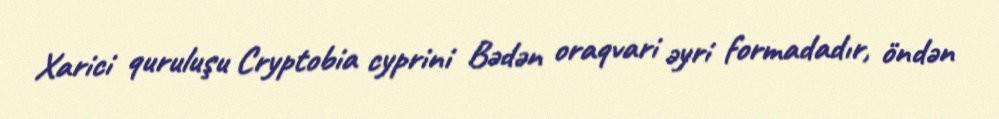
Xarici quruluşu Cryptobia cyprini Bədən oraqvari əyri formadadır, öndən